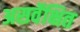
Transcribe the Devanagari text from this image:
असर्वेक्षित